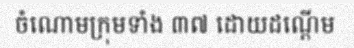
ចំណោមក្រុមទាំង ៣៧ ដោយដណ្តើម